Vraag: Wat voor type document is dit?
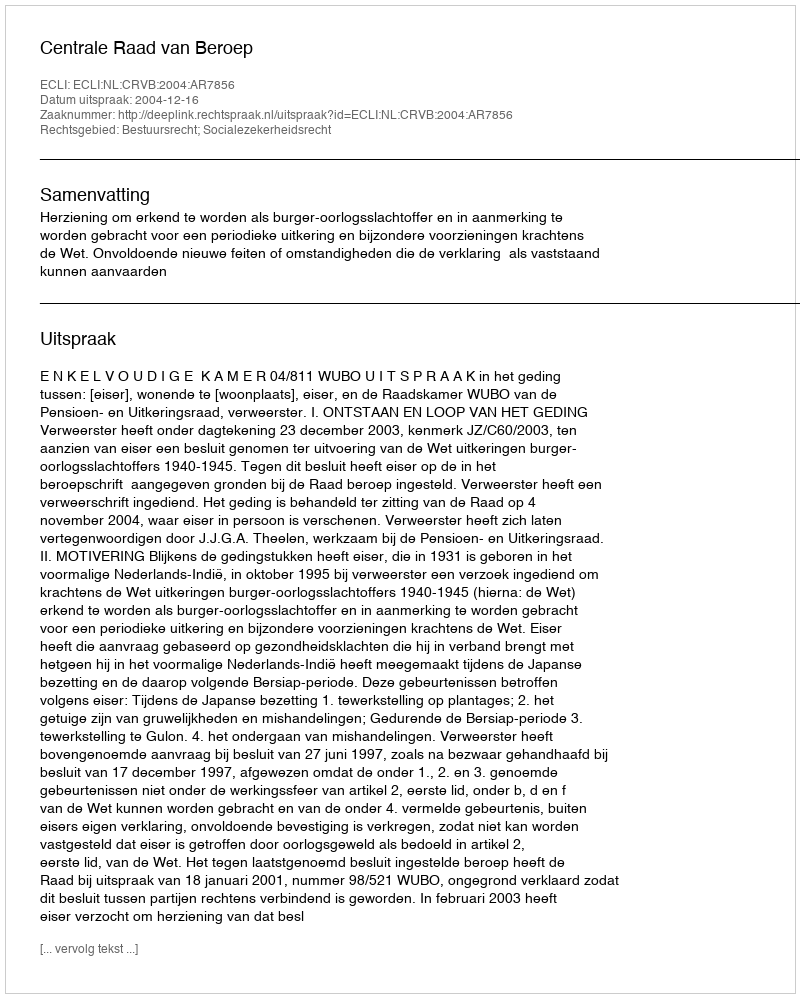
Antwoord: Uitspraak